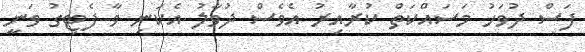
ފަސް ދުވަހު މަސައްކަތް ކުރާއިރު އެވެސް ދުވާލު އެކަނި ވާ ފެޓިގު ވަނީ